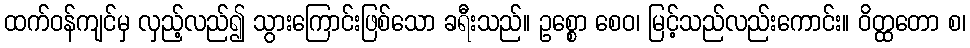
ထက်ဝန်ကျင်မှ လှည့်လည်၍ သွားကြောင်းဖြစ်သော ခရီးသည်။ ဥစ္စော စေဝ၊ မြင့်သည်လည်းကောင်း။ ဝိတ္ထတော စ၊